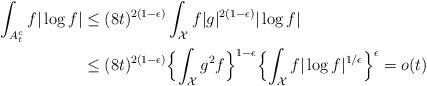
LaTeX: \begin{align*}\int_{A_t^c} f |\log f| &\leq (8t)^{2(1-\epsilon)} \int_{\mathcal{X}} f |g|^{2(1-\epsilon)} |\log f| \\& \leq (8t)^{2(1-\epsilon)} \Bigl\{ \int_{\mathcal{X}} g^2f \Bigr\}^{1-\epsilon} \Bigl\{ \int_{\mathcal{X}} f |\log f|^{1/\epsilon} \Bigr\}^\epsilon = o(t)\end{align*}